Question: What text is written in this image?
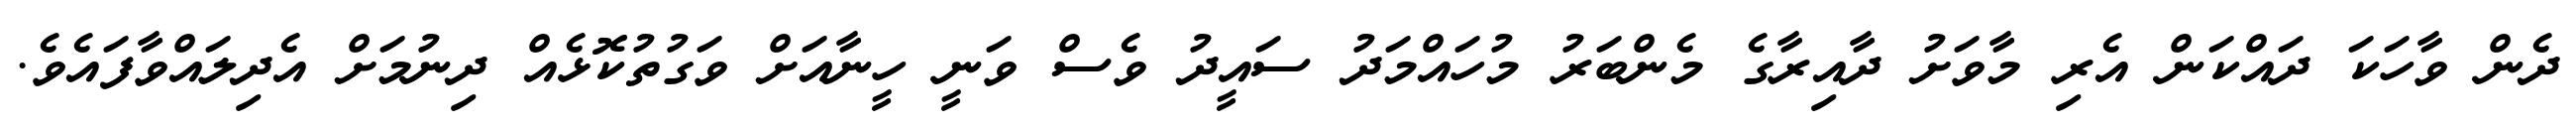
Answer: ދެން ވާހަކަ ދައްކަން އެރި މާވަށު ދާއިރާގެ މެންބަރު މުހައްމަދު ސައީދު ވެސް ވަނީ ހީނާއަށް ވަގުތުކޮޅެއް ދިނުމަށް އެދިލައްވާފައެވެ.